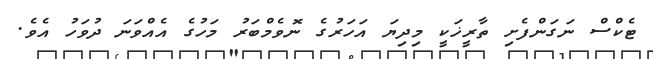
ޓެކްސް ނަގަންފެށި ތާރީޚަކީ މިދިޔަ އަހަރުގެ ނޮވެމްބަރު މަހުގެ އެއްވަނަ ދުވަހު އެވެ.